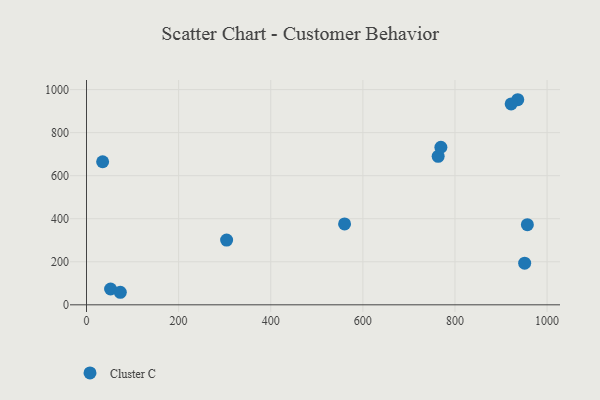
{"axis": {"x": "Engine Size", "y": "Profit"}, "legend": ["Cluster C"], "data": [{"x": "936.3", "y": 952.9, "type": "Cluster C"}, {"x": "922.0", "y": 933.5, "type": "Cluster C"}, {"x": "560.3", "y": 375.8, "type": "Cluster C"}, {"x": "957.2", "y": 372.6, "type": "Cluster C"}, {"x": "763.5", "y": 690.1, "type": "Cluster C"}, {"x": "951.3", "y": 193.3, "type": "Cluster C"}, {"x": "52.3", "y": 73.4, "type": "Cluster C"}, {"x": "769.4", "y": 732.2, "type": "Cluster C"}, {"x": "304.2", "y": 301.0, "type": "Cluster C"}, {"x": "35.0", "y": 664.8, "type": "Cluster C"}, {"x": "73.4", "y": 58.3, "type": "Cluster C"}]}